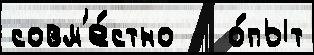
совм'е́стно   о́пыт